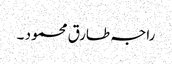
راجہ طارق محمود ۔